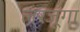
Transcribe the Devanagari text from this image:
लरजूंगा